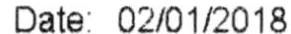
DATE: 02/01/2018